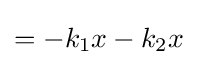
=-k_{1}x-k_{2}x